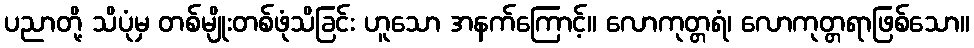
ပညာတို့ သိပုံမှ တစ်မျိုးတစ်ဖုံသိခြင်း ဟူသော အနက်ကြောင့်။ လောကုတ္တရံ၊ လောကုတ္တရာဖြစ်သော။